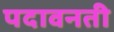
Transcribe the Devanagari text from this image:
पदावनती